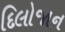
દિલોજાન